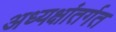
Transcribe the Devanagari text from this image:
अध्यक्षांतर्गत